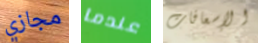
مجازي عندما الإسعافات